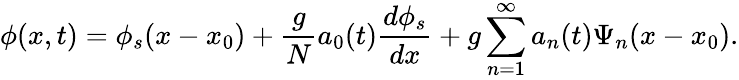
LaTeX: \phi(x,t)=\phi_{s}(x-x_{0})+\frac{g}{N}a_{0}(t)\frac{d\phi_{s}}{dx}+g\sum_{n=1}^{\infty}a_{n}(t)\Psi_{n}(x-x_{0}).